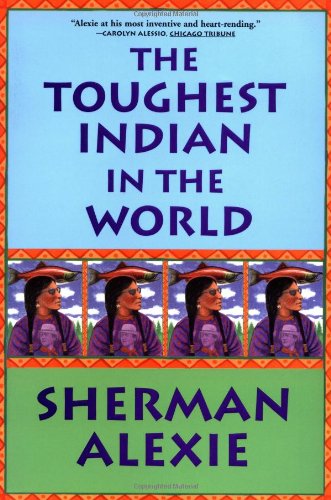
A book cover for The Toughest Indian in the World; Sherman Alexie; Literature & Fiction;